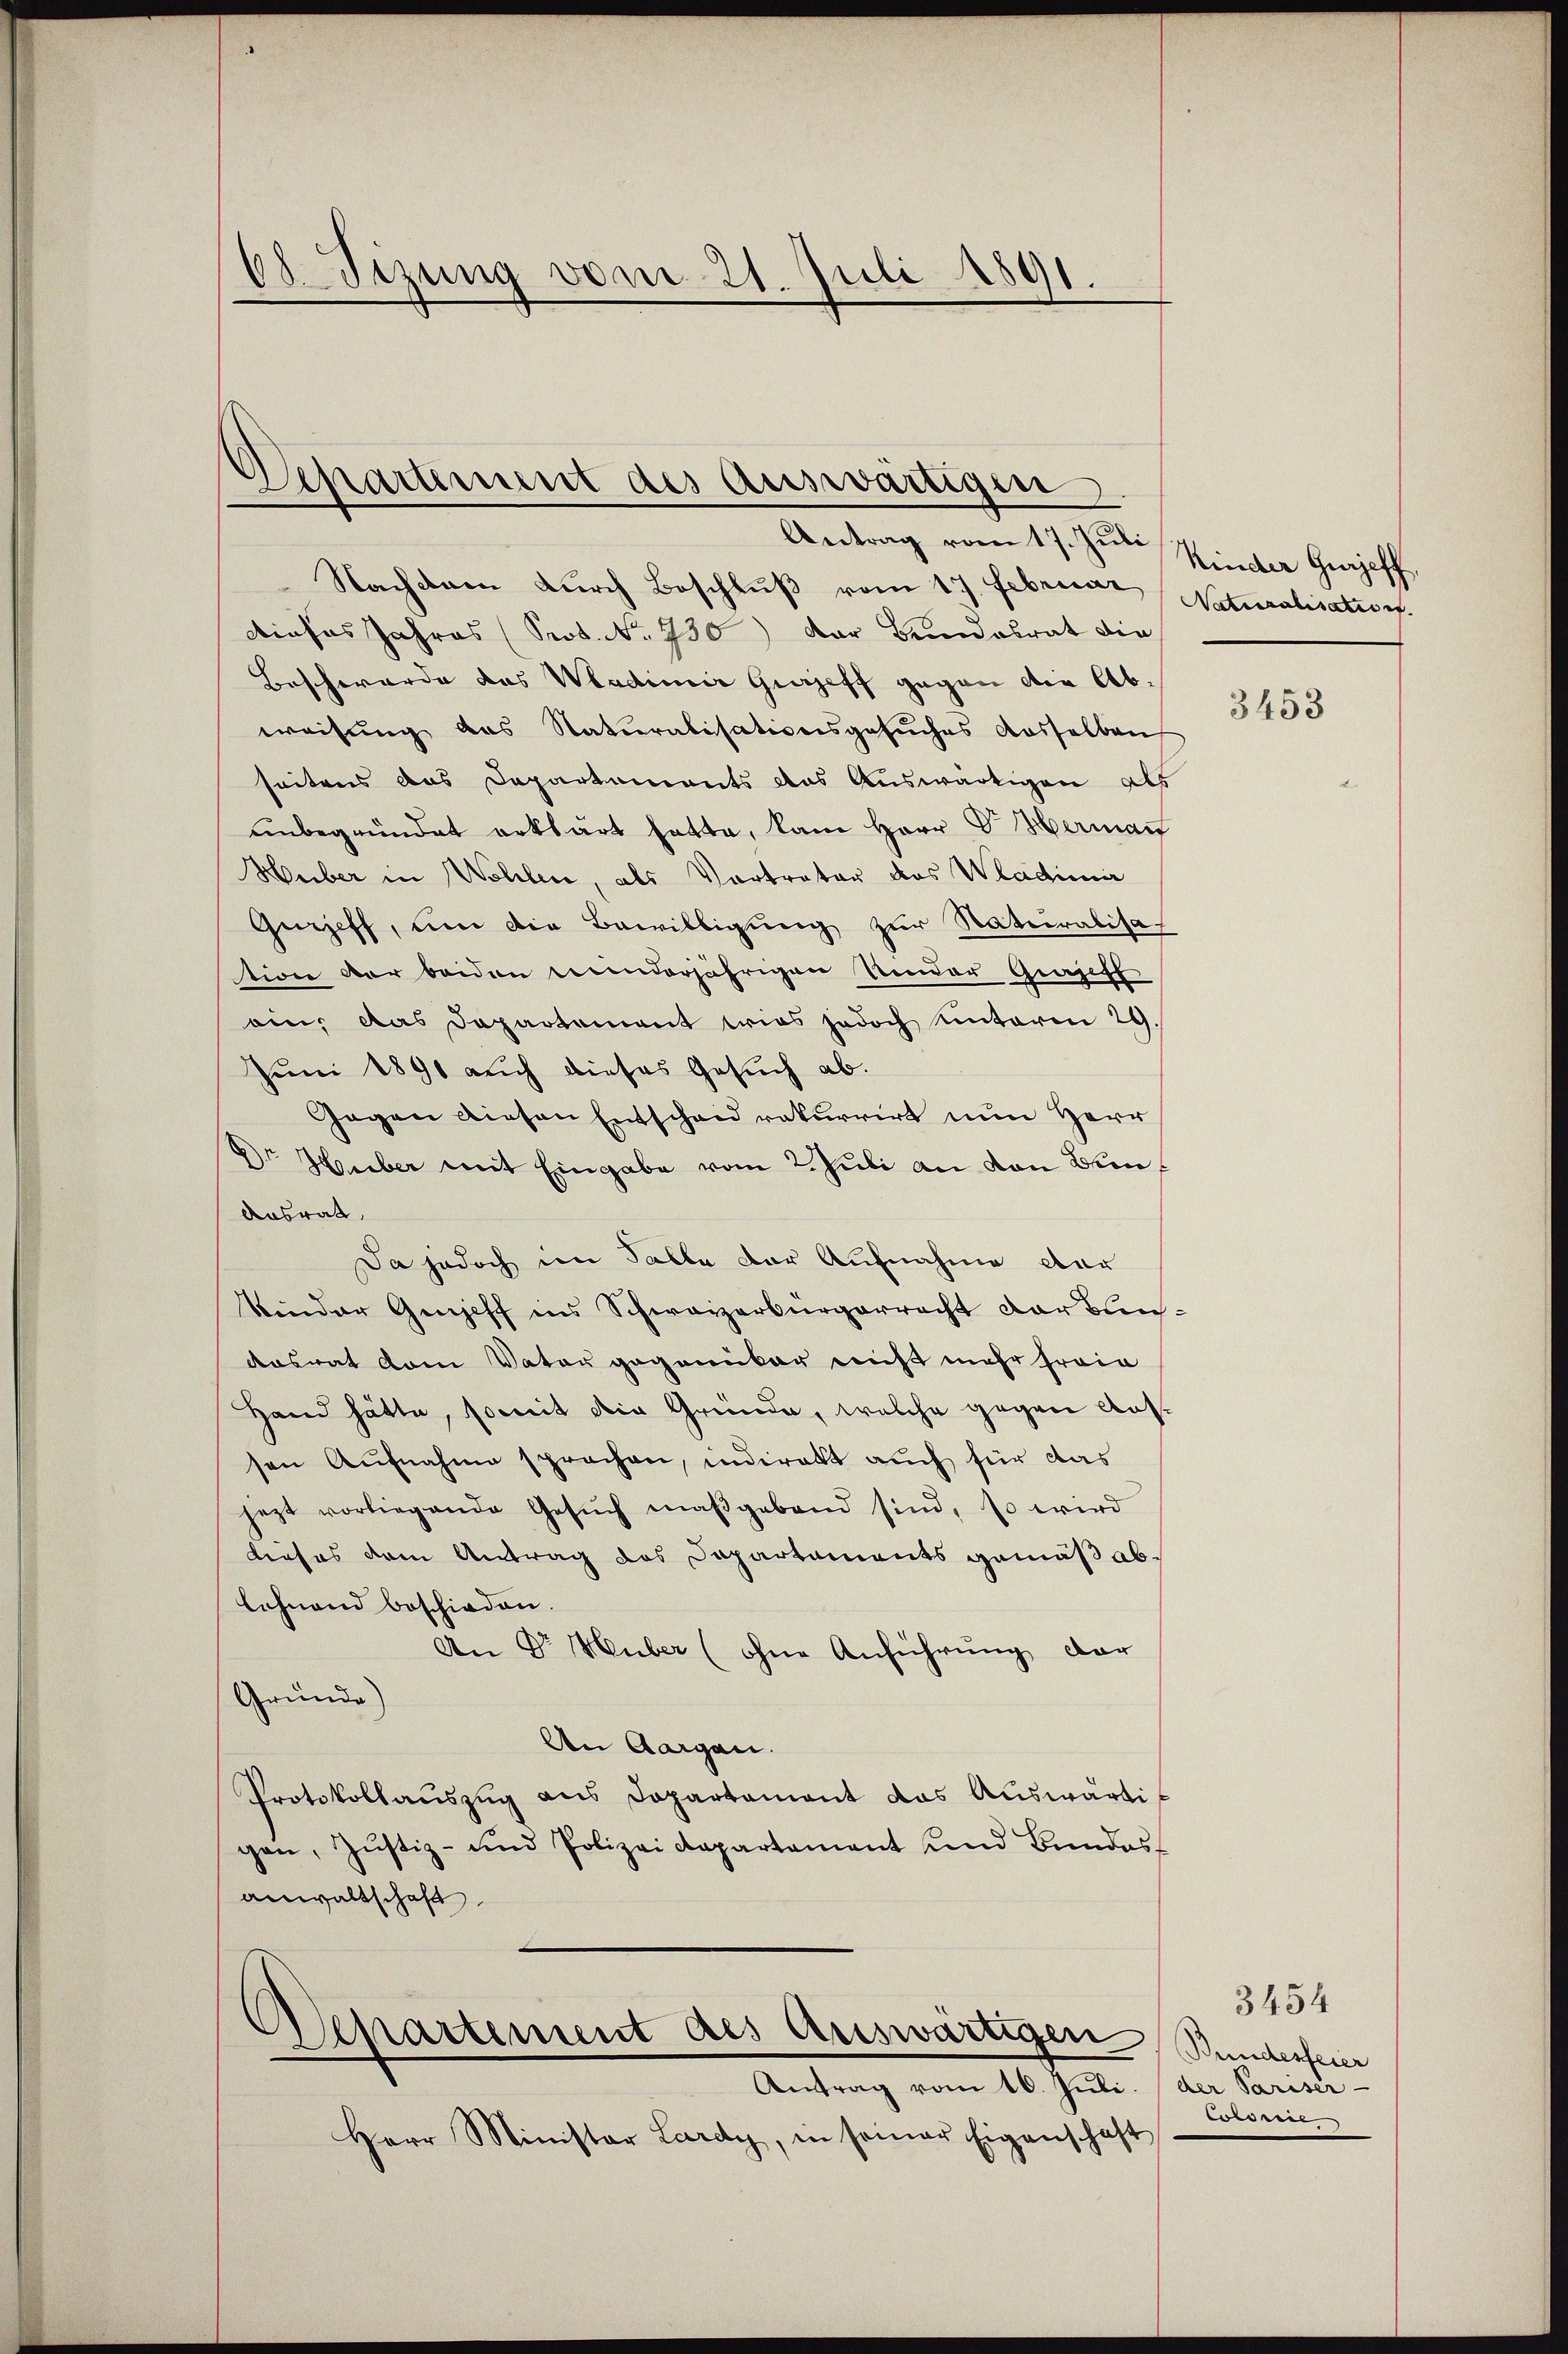
Nachdem durch Beschlŭβ vom 17. Februar Naturalisation.
dieses Jahres (Prot. No. 930) Der Bundesrat die
Beschwerde das Wadimir Gureff gegen die Abweisung das Naturalisationsgesŭches dasselben
seitens das Departements das Auswärtigen als
unbegründet erklärt hatte, kam Herr Dr. Herman
Huber in Wohlen, als Vortrater das Wladimir
Gurjeff, um die Bewilligung zur Naturalisa
tion der beiden beeinderjährigen Monder Grazeff
ein, das Departement tries jedoch unterm 29.
Juni 1891 auch dieses Gesuch ab.
Gegen diesen Entscheid rekurrirt nun Herr
Dr. Huber mit Eingabe vom 2. Juli an von Bun¬
Ausrat,
Da jedoch im Falle der Aufnahme der
kinder Genieff ins Schweizerbürgerrecht der Bun¬
Aasrat vom Vater gegenüber nicht mehr freie
Hand hätte, somit die Gründe, welche gegen Aussen Aufnahme sprachen, indirekt auch für das
jezt vorliegende Gesŭch maßgebend sind, so wird
Lieses dem Antrag des Dapartements gemäß ablehnend beschieden.
An Dr Huber (ohne Anführung dar
Gründe)
An Aargau.
Protokollauszug aus Dapartament das Auswärtigen, Jŭstiz- und Polizeidepartament und Bundes-
anwaltschaft

68 Sizung vom 21. Juli 1891.

Unartiment des Auswärtiger
Antrag vom 17. Juli Kinder Gujeff

Departement des Auswärtigen Stundesfeier
Antrag vom 10. Juli der Pariser-

Herr Minister Lardy, in seiner Eigenschaft

3453

3454
wordere